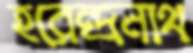
হরেন্দ্রনাথ